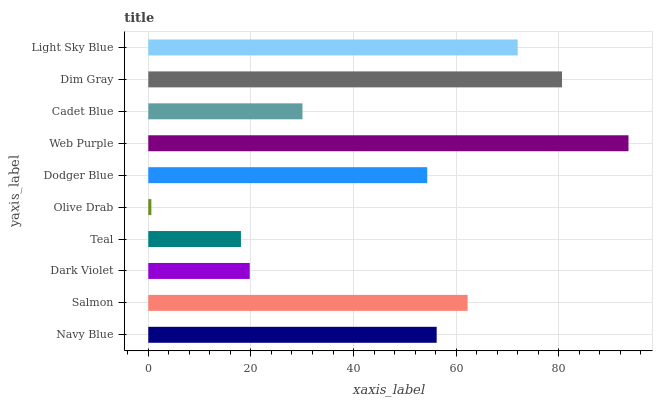
| yaxis_label | bars |
 | --- | --- |
 | Navy Blue | 56.2 |
 | Salmon | 62.2 |
 | Dark Violet | 19.8 |
 | Teal | 18.1 |
 | Olive Drab | 0.599 |
 | Dodger Blue | 54.4 |
 | Web Purple | 93.6 |
 | Cadet Blue | 30 |
 | Dim Gray | 80.6 |
 | Light Sky Blue | 72 |